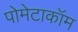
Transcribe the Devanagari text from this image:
पोमेटाकॉम